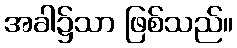
အခါ၌သာ ဖြစ်သည်။